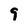
Character: 9